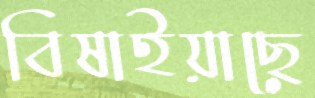
বিষাইয়াছে